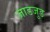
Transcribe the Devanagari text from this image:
जाडजुड